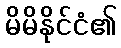
မိမိနိုင်ငံ၏